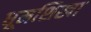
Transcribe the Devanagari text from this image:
धूमशिखा